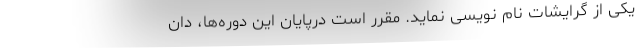
یکی از گرایشات نام نویسی نماید. مقرر است درپایان این دوره‌ها، دان